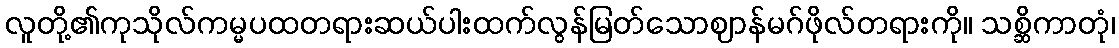
လူတို့၏ကုသိုလ်ကမ္မပထတရားဆယ်ပါးထက်လွန်မြတ်သောဈာန်မဂ်ဖိုလ်တရားကို။ သစ္ဆိကာတုံ၊